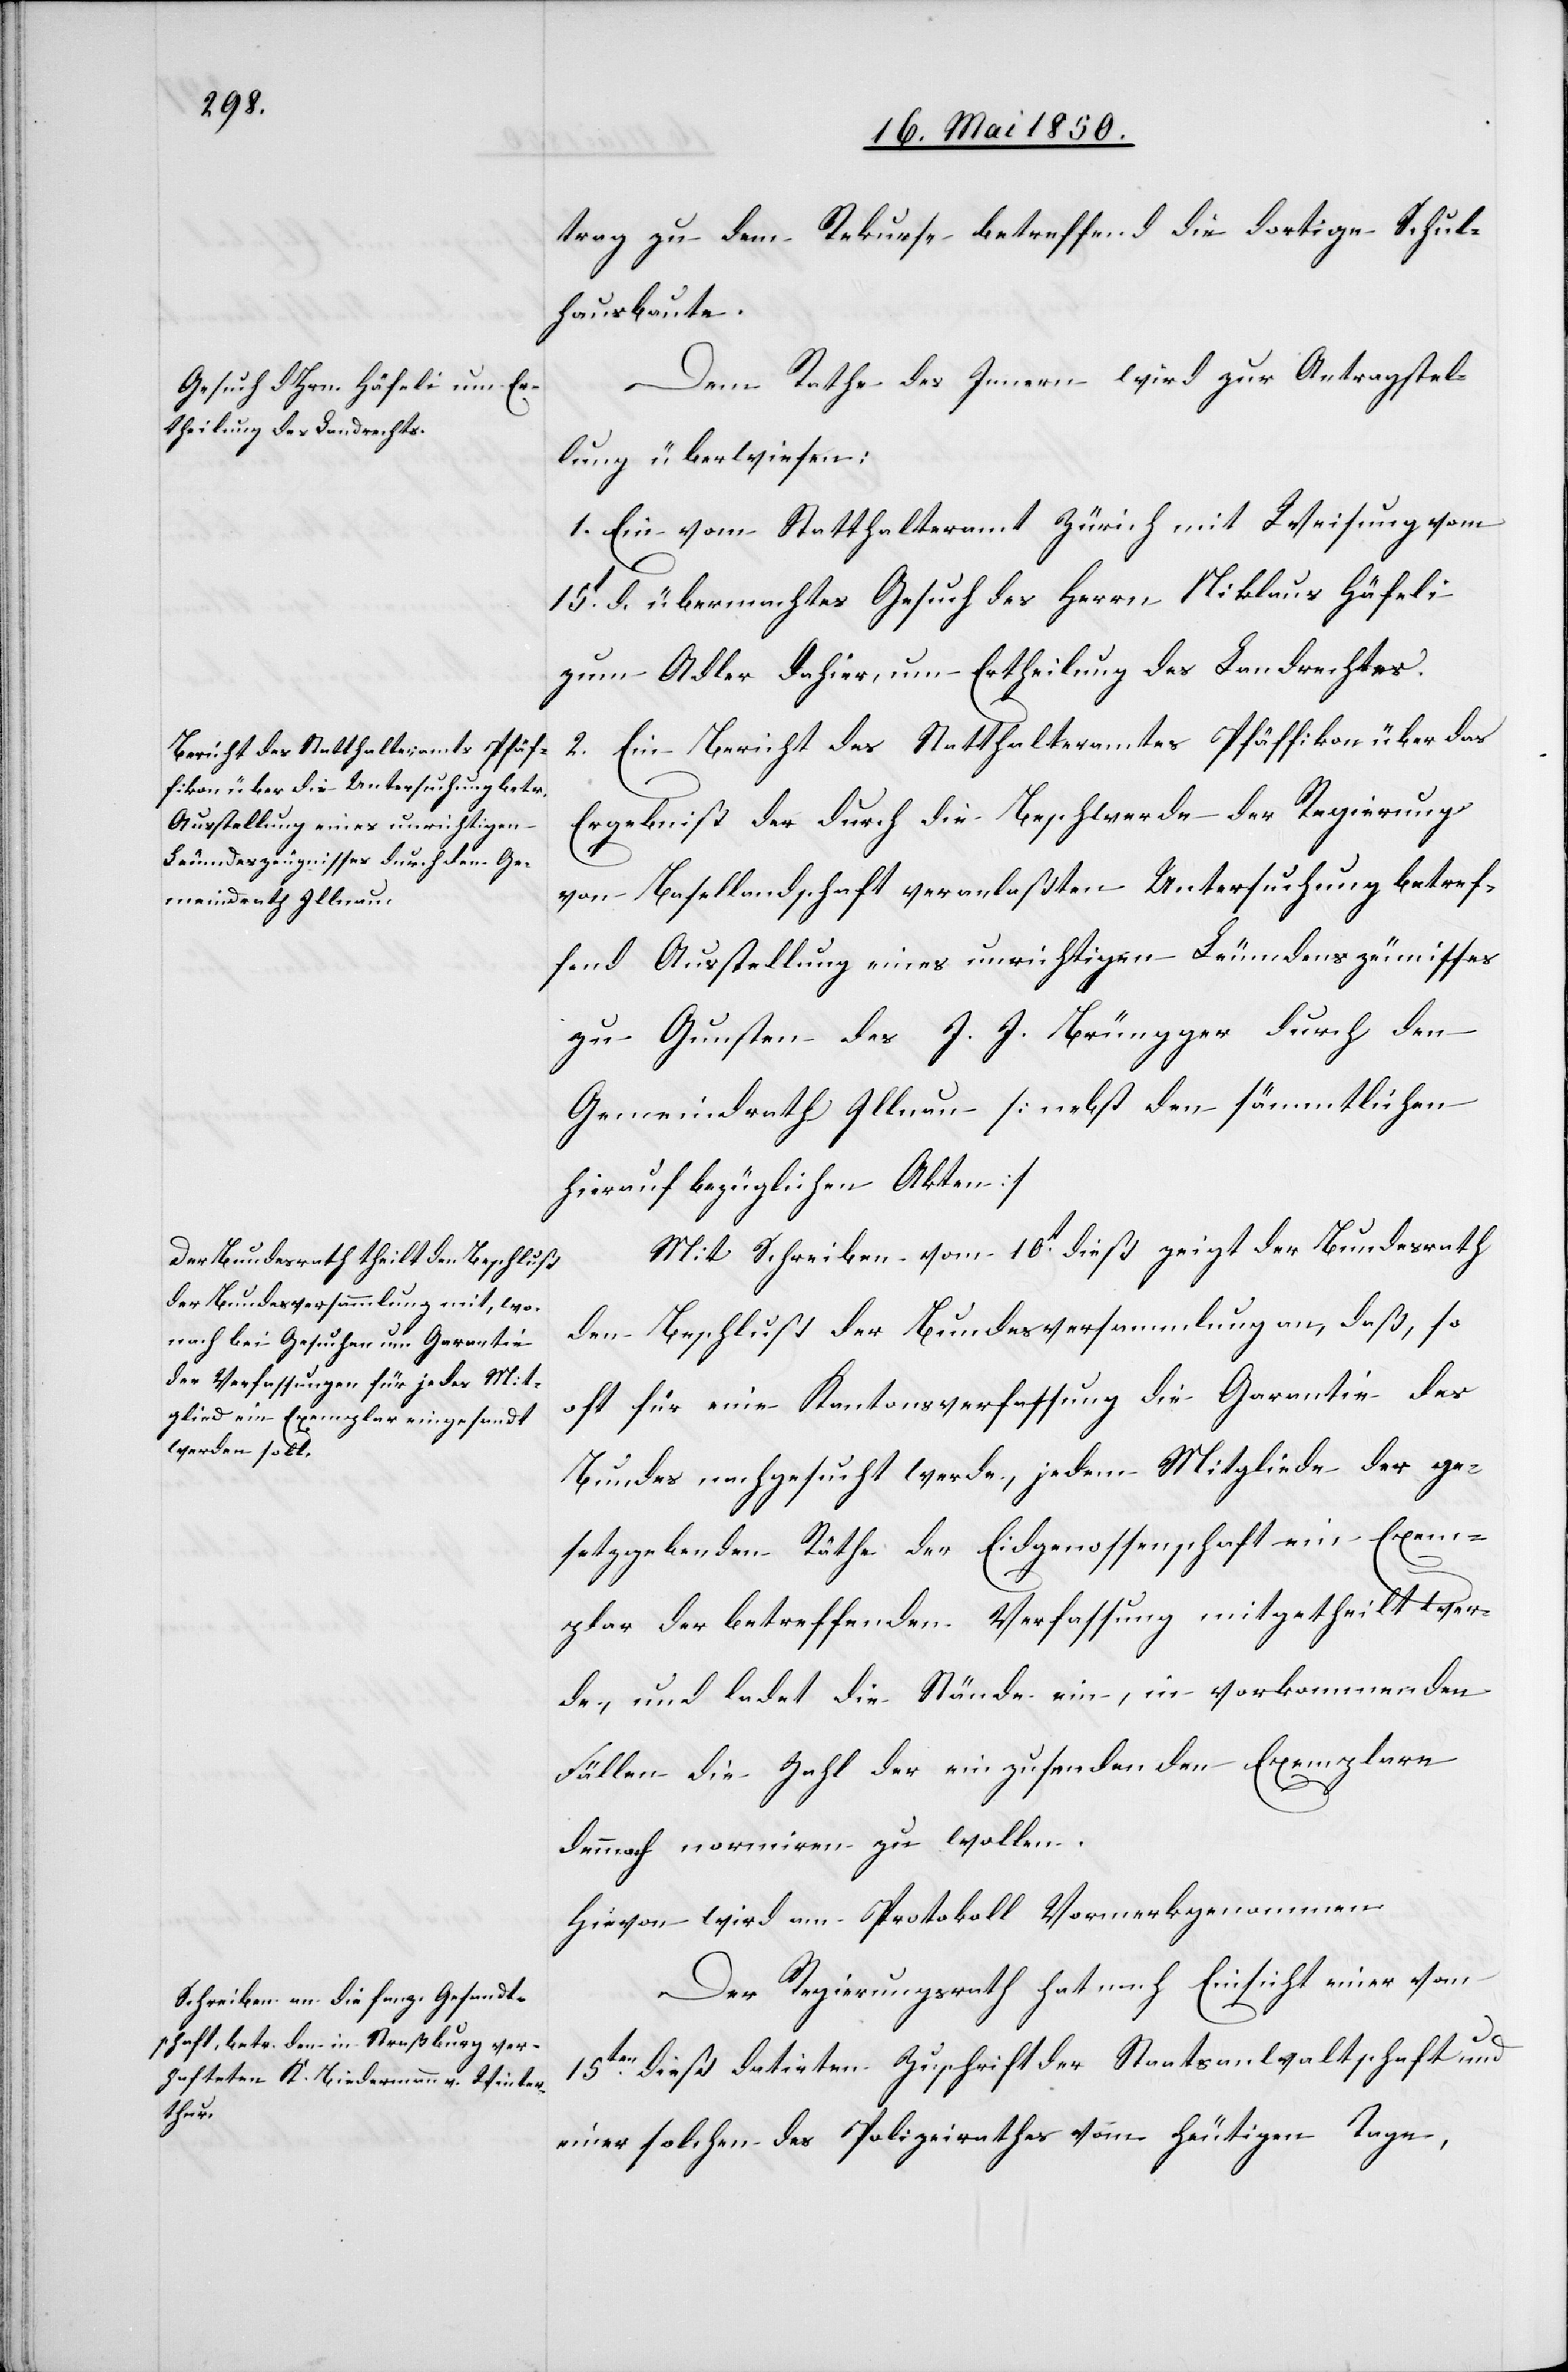
trag zu dem Rekurse betreffend die dortige Schul¬
hausbaute.
Dem Rathe des Innern wird zur Antragstel¬
lung überwiesen:
1. Ein vom Statthalteramt Zürich mit Weisung vom
15t d. übermachtes Gesuch des Herrn Niklaus Häfeli
zum Adler dahier, um Ertheilung des Landrechtes.
2. Ein Bericht des Statthalteramtes Pfäffikon über das
Ergebniß der durch die Beschwerde der Regierung
von Basellandschaft veranlaßten Untersuchung betref¬
fend Ausstellung eines unrichtigen Leumdenszeu[g]nisses
zu Gunsten des J. J. Brüngger durch den
Gemeindrath Illnau [nebst den sämmtlichen
hierauf bezüglichen Akten]
Mit Schreiben vom 10t dieß zeigt der Bundesrath
den Beschluß der Bundesversammlung an, daß, so
oft für eine Kantonsverfassung die Garantie des
Bundes nachgesucht werde, jedem Mitgliede der ge¬
setzgebenden Räthe der Eidgenossenschaft ein Exem¬
plar der betreffenden Verfassung mitgetheilt wer¬
de, und ladet die Stände ein, in vorkommenden
Fällen die Zahl der einzusendenden Exemplare
dennoch normiren zu wollen.
Hievon wird am Protokoll Vormerk genommen.
Der Regierungsrath hat nach Einsicht einer vom
15ten dieß datirten Zuschrift der Staatsanwaltschaft und
einer solchen des Polizeirathes vom heutigen Tage,